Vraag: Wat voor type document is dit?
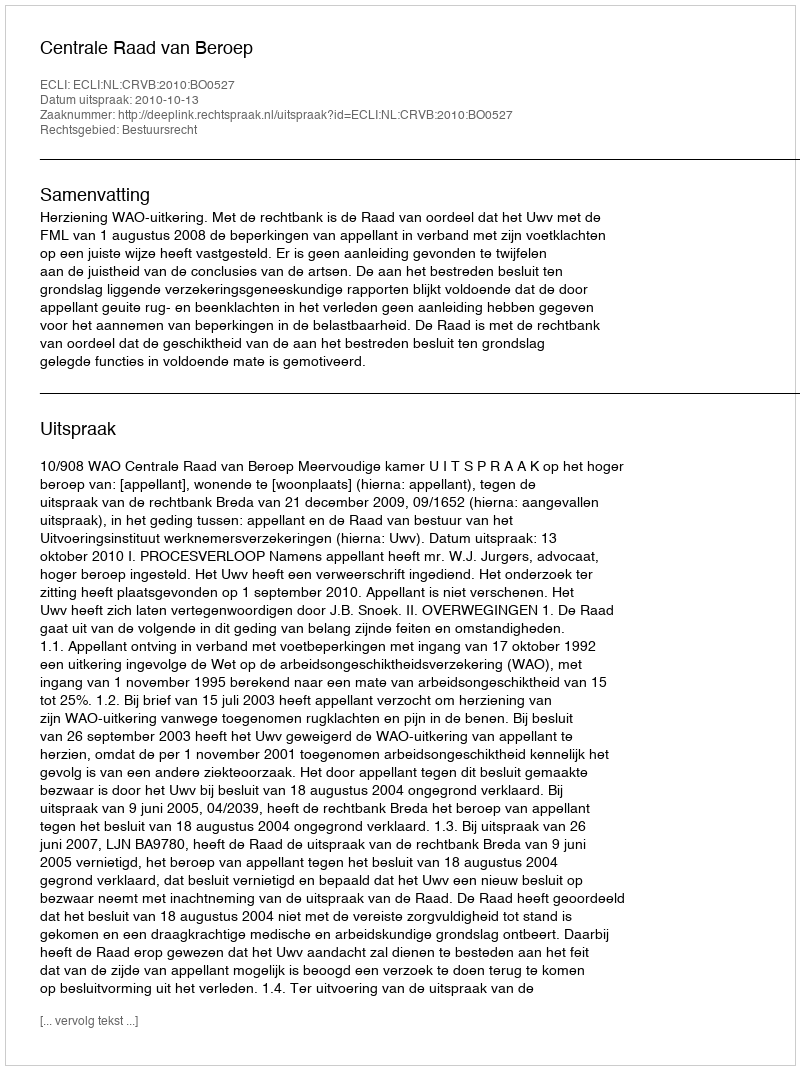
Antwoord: Uitspraak